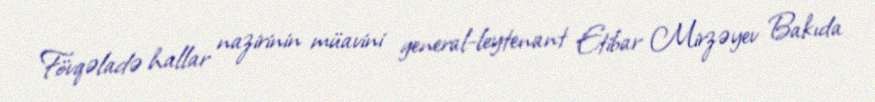
Fövqəladə hallar nazirinin müavini general-leytenant Etibar Mirzəyev Bakıda